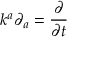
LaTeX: k ^ { a } \partial _ { a } = { \frac { \partial } { \partial t } }